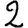
Digit: 2